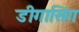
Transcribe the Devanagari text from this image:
डीगासिंग